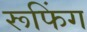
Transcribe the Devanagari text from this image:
रूफिंग